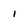
Character: i